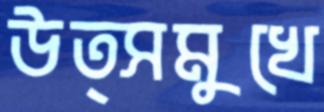
উত্সমুখে